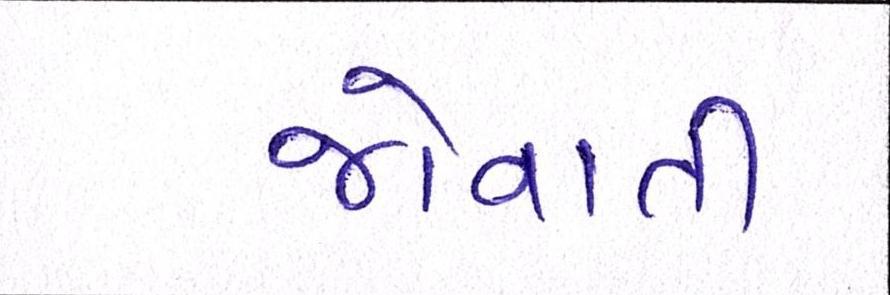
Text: જોવાતી